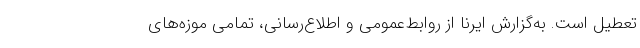
تعطیل است. به‌گزارش ایرنا از روابط‌عمومی و اطلاع‌رسانی، تمامی موزه‌های